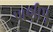
પાણીપૂ